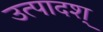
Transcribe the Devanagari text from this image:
उत्पादश्